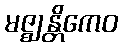
မဇ္ဈန္တိကေဝ